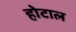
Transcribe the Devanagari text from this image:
होटाल